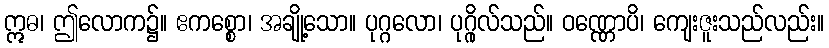
ဣဓ၊ ဤလောက၌။ ဧကစ္စော၊ အချို့သော။ ပုဂ္ဂလော၊ ပုဂ္ဂိုလ်သည်။ ဝဏ္ဏောပိ၊ ကျေးဇူးသည်လည်း။